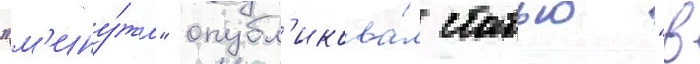
"м'ину́та" опубл'икова́л статью "в